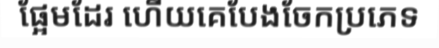
ផ្អែមដែរ ហើយគេបែងចែកប្រភេទ